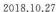
2018.10.27